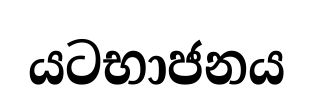
යටභාජනය